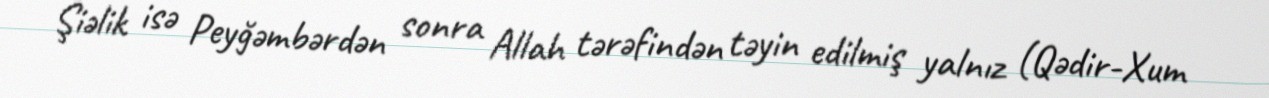
Şiəlik isə Peyğəmbərdən sonra Allah tərəfindən təyin edilmiş yalnız (Qədir-Xum